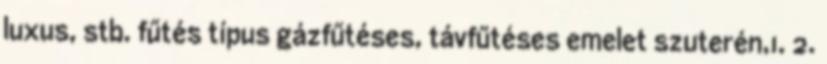
luxus, stb. fűtés típus gázfűtéses, távfűtéses emelet szuterén,1. 2.